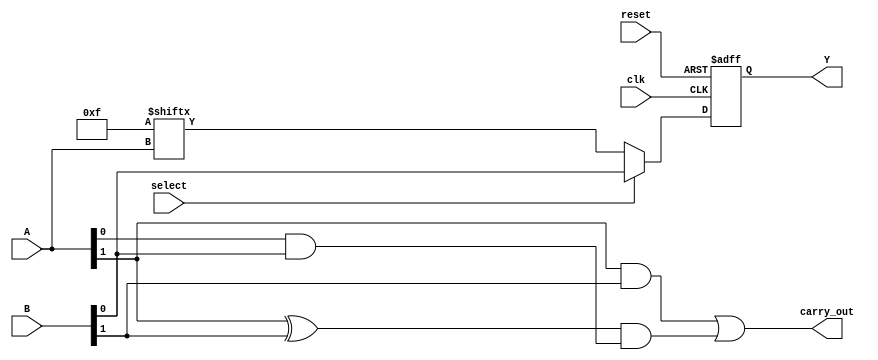
module CLB (
    input wire [3:0] A,            // 4 input signals to LUT
    input wire [3:0] B,            // Additional input signals for multiplexers
    input wire select,              // Control signal for multiplexer
    input wire clk,                 // Clock signal for flip-flops
    input wire reset,               // Reset signal
    output wire Y,                  // Output of the CLB
    output wire carry_out           // Carry output for arithmetic operations
);

// Configuration memory for LUT (example for a 4-input LUT)
reg [15:0] lut_config;            // 16-bit configuration for 4-input LUT
wire lut_out;

// LUT implementation
assign lut_out = lut_config[{A[3], A[2], A[1], A[0]}]; // LUT output based on input A

// Multiplexer for selecting output
wire mux_out;
assign mux_out = select ? B[0] : lut_out; // 2:1 multiplexer

// Flip-Flop for storing intermediate result
reg ff_out;
always @(posedge clk or posedge reset) begin
    if (reset) 
        ff_out <= 1'b0; 
    else 
        ff_out <= mux_out; // Store the output from multiplexer
end

// Output buffer
assign Y = ff_out;

// Carry logic (example: simple carry out for 2-bit addition)
wire carry_in = 1'b0; // Assume carry_in is 0 for this example
wire carry_sum = A[0] & B[0] | (A[0] ^ B[0]) & carry_in;
assign carry_out = A[1] & B[1] | (A[1] ^ B[1]) & carry_sum;

// Configuration memory loading (example)
initial begin
    // Load configuration (example: simple AND function)
    lut_config = 16'b0000000000001111; // A[3:0] AND with 4'b1111
end

endmodule